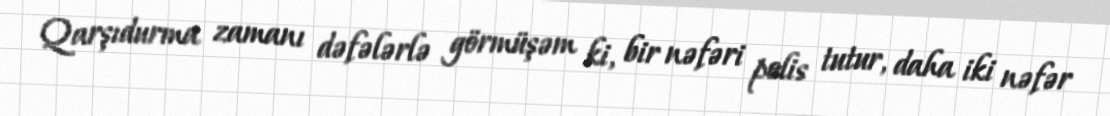
Qarşıdurma zamanı dəfələrlə görmüşəm ki, bir nəfəri polis tutur, daha iki nəfər